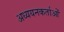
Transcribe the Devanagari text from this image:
अध्‍ययनकर्ताओं